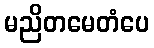
မညိတမေတံပေ